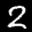
Label: 2